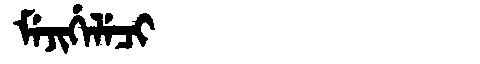
Manchu: ᠮᡝᠵᡳᡤᡝᠯᡝᠴᡳ
Romanization: MEJIGELECI